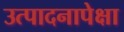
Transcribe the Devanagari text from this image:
उत्पादनापेक्षा